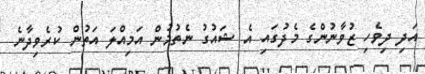
އަދި ދިވެހި ޒުވާނުންގެ މެދުގައި އެ ޝައުގު ނެތުމުން އަމިއްލަ އަތުން ކުރެވިދާނެ